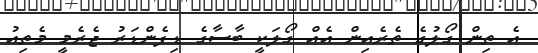
އެ ތިން ގޯލުގެ ތެރެއިން އެއް ގޯލަކީ ބާސާގެ ޑިފެންޑަރު ޖެރެމީ މެތިއު